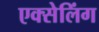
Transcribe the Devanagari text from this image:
एक्सेलिंग